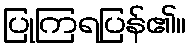
ပြုကြရပြန်၏။